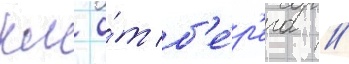
км о́т б'е́р'ега //